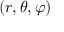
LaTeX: ( r , \theta , \varphi )